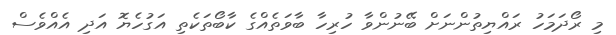
މި ރޯދަމަހު ރައްޔިތުންނަށް ބޭނުންވާ ހުރިހާ ބާވަތެއްގެ ކާބޯތަކެތި އަގުހެޔޮ އަދި އެއްވެސް